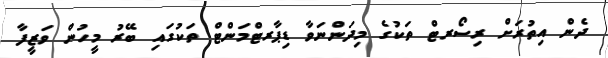
ދެން އިތުރަށް ރިސޯރޓް ތަކުގެ މިދަންނަވާ ޑިޕާރޓްމަންޓް ތަކުގައި ބޭރު މީހުން ވަޒީފާ